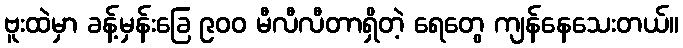
ဗူးထဲမှာ ခန့်မှန်းခြေ ၉၀၀ မီလီလီတာရှိတဲ့ ရေတွေ ကျန်နေသေးတယ်။